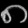
Digit: ၈